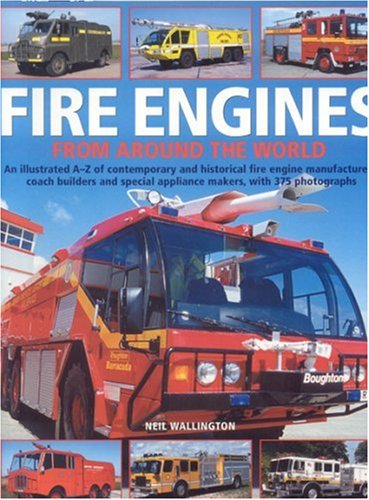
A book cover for Fire Engines from Around the World: An illustrated directory of contemporary and historical fire engine manufacturers from around the globe, with 375 photographs; Neil Wallington; Engineering & Transportation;